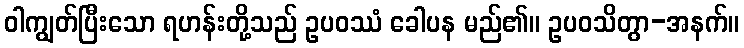
ဝါကျွတ်ပြီးသော ရဟန်းတို့သည် ဥပဝဿံ ခေါပန မည်၏။ ဥပဝသိတွာ-အနက်။